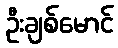
ဦးချစ်မောင်